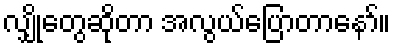
လျှိုတွေဆိုတာ အလွယ်ပြောတာနော်။